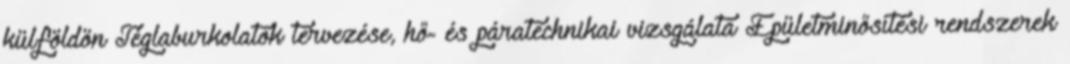
külföldön Téglaburkolatok tervezése, hő- és páratechnikai vizsgálata Épületminősítési rendszerek